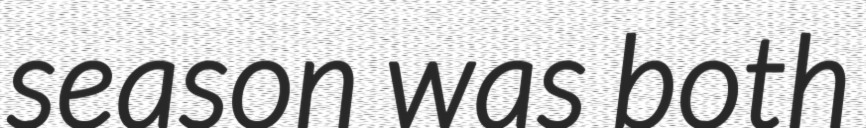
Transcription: season was both